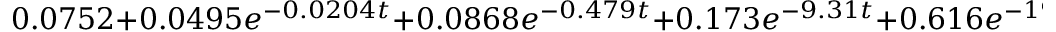
0 . 0 7 5 2 + 0 . 0 4 9 5 e ^ { - 0 . 0 2 0 4 t } + 0 . 0 8 6 8 e ^ { - 0 . 4 7 9 t } + 0 . 1 7 3 e ^ { - 9 . 3 1 t } + 0 . 6 1 6 e ^ { - 1 9 5 t }